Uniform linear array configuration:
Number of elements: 24
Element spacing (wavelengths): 1
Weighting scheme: blackman
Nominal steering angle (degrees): -15
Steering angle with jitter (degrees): -13.879
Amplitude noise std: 0.05
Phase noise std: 0.05

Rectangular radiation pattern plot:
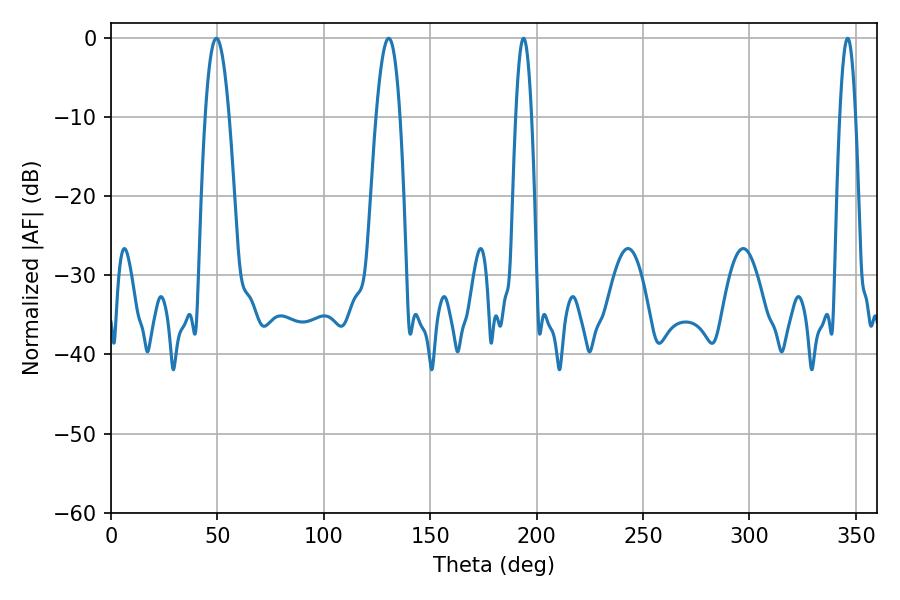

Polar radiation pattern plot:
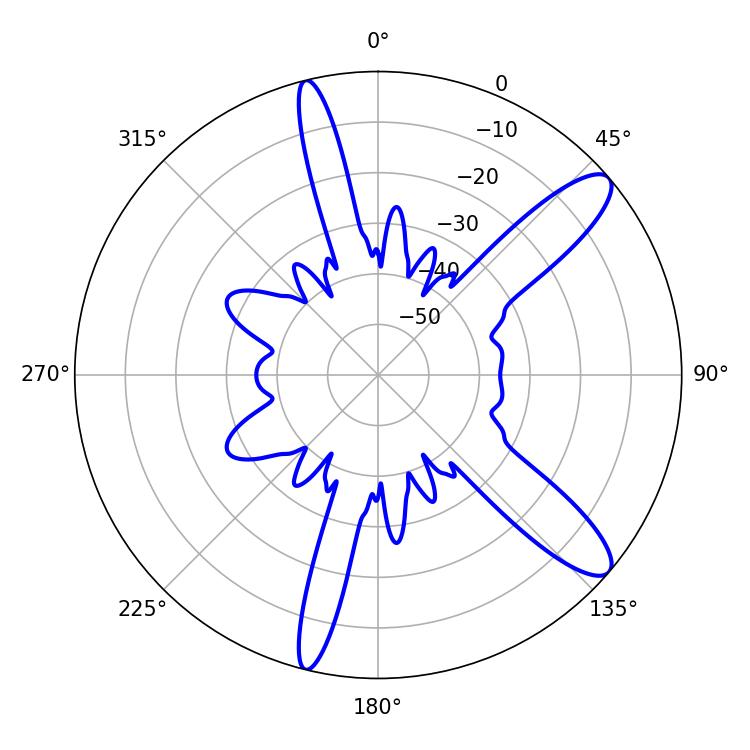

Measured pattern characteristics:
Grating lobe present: TRUE
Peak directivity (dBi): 11.553
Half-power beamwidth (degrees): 3.96
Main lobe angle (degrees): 193.86